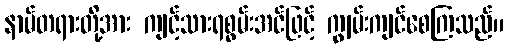
နာမ်တရားတို့အား ကျင့်သားရစွမ်းအင်ဖြင့် ကျွမ်းကျင်စေကြသည်။